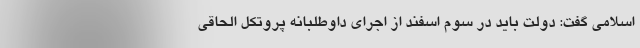
اسلامی گفت: دولت باید در سوم اسفند از اجرای داوطلبانه پروتکل الحاقی